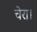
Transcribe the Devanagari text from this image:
चेरा।